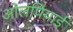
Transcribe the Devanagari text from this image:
ओलंपियाई